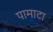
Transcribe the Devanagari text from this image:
पामाटा